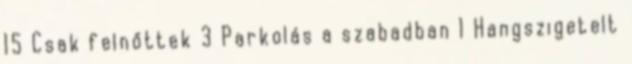
15 Csak felnőttek 3 Parkolás a szabadban 1 Hangszigetelt